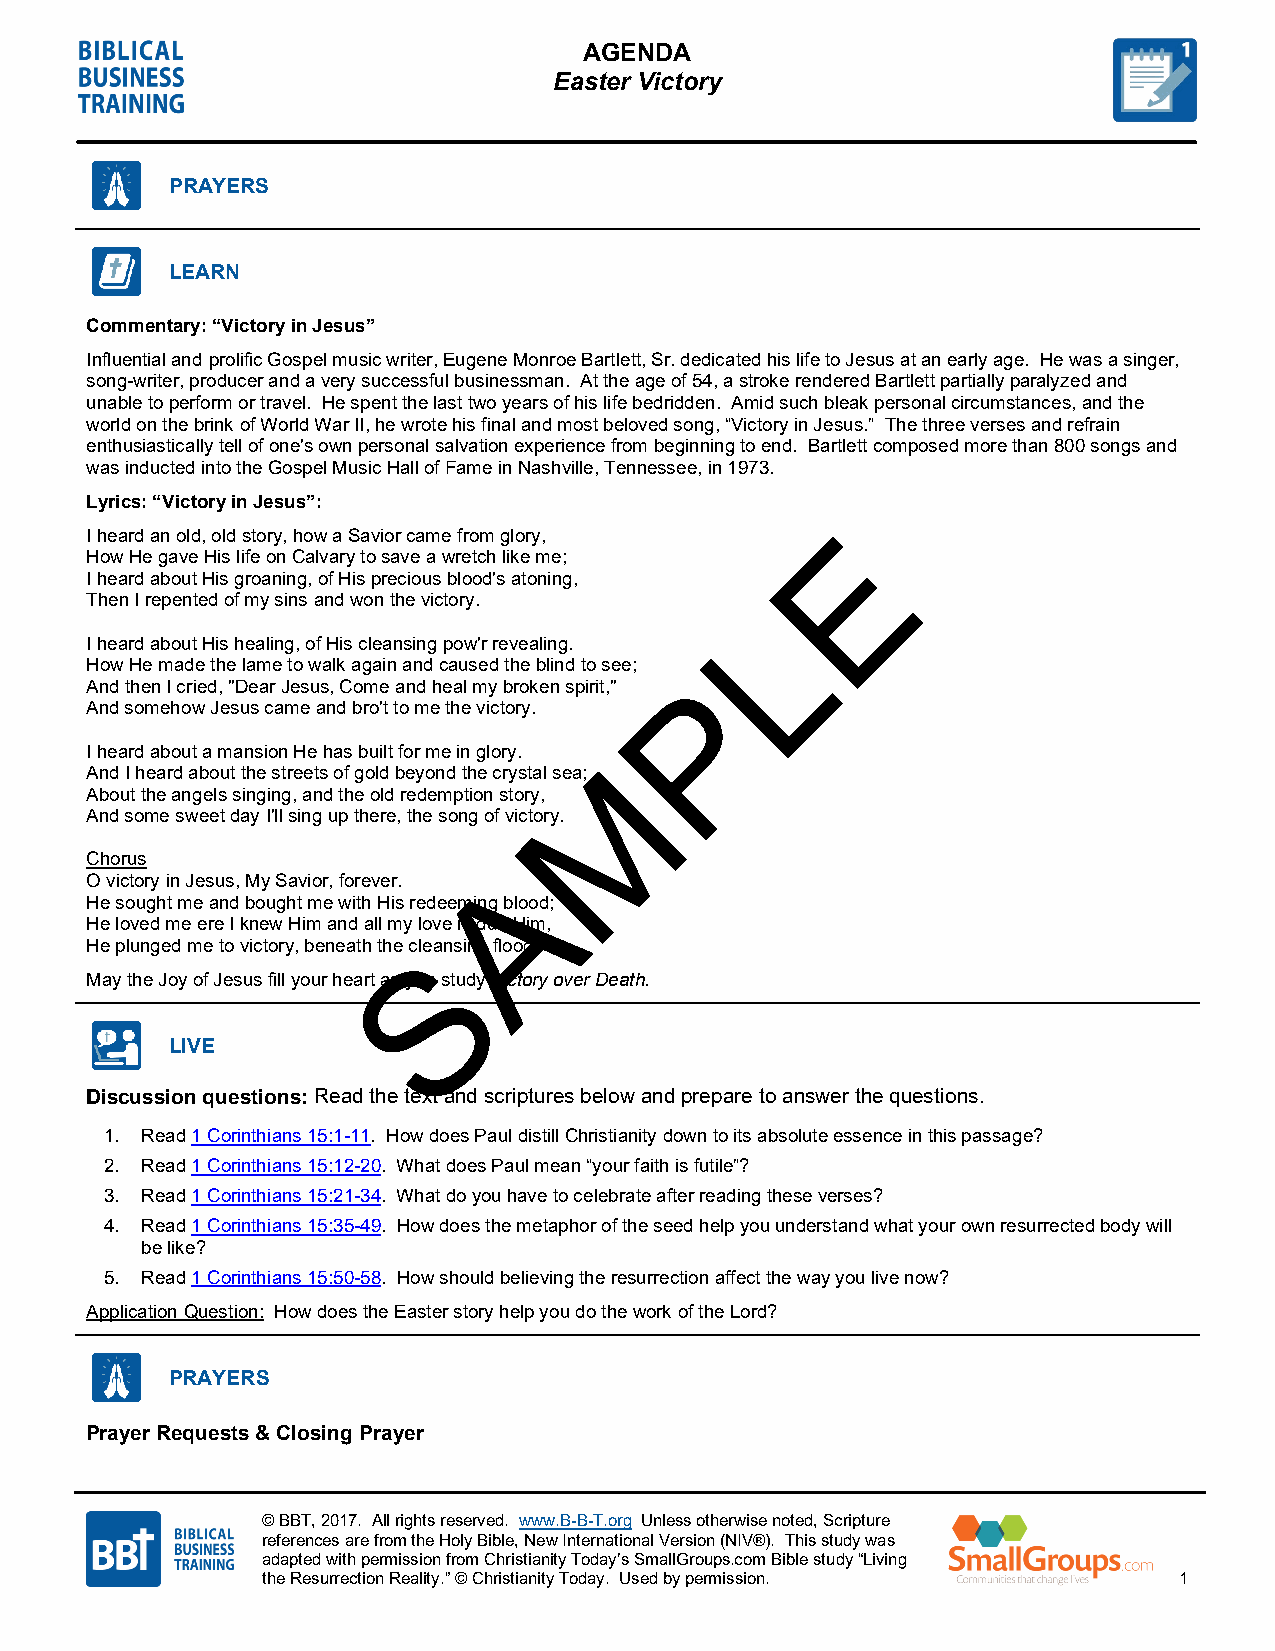
AGENDA
 Easter Victory
 PRAYERS
 LEARN
 Commentary: “Victory in Jesus”
 Influential and prolific Gospel music writer, Eugene Monroe Bartlett, Sr. dedicated his life to Jesus at an early age. He was a singer,
 song-writer, producer and a very successful businessman. At the age of 54, a stroke rendered Bartlett partially paralyzed and
 unable to perform or travel. He spent the last two years of his life bedridden. Amid such bleak personal circumstances, and the
 world on the brink of World War II, he wrote his final and most beloved song, “Victory in Jesus.” The three verses and refrain
 enthusiastically tell of one's own personal salvation experience from beginning to end. Bartlett composed more than 800 songs and
 was inducted into the Gospel Music Hall of Fame in Nashville, Tennessee, in 1973.
 Lyrics: “Victory in Jesus”:
 E
 I heard an old, old story, how a Savior came from glory,
 How He gave His life on Calvary to save a wretch like me;
 I heard about His groaning, of His precious blood's atoning,
 Then I repented of my sins and won the victory.
 L
 I heard about His healing, of His cleansing pow'r revealing.
 How He made the lame to walk again and caused the blind to see;
 P
 And then I cried, "Dear Jesus, Come and heal my broken spirit,"
 And somehow Jesus came and bro't to me the victory.
 I heard about a mansion He has built for me in glory.
 M
 And I heard about the streets of gold beyond the crystal sea;
 About the angels singing, and the old redemption story,
 And some sweet day I'll sing up there, the song of victory.
 Chorus                     A
 O victory in Jesus, My Savior, forever.
 He sought me and bought me with His redeeming blood;
 He loved me ere I knew Him and all my love is due Him,
 He plunged me to victory, beneath the cSleansing flood.
 May the Joy of Jesus fill your heart as you study Victory over Death.
 LIVE
 Discussion questions: Read the text and scriptures below and prepare to answer the questions.
 1. Read 1 Corinthians 15:1-11. How does Paul distill Christianity down to its absolute essence in this passage?
 2. Read 1 Corinthians 15:12-20. What does Paul mean “your faith is futile”?
 3. Read 1 Corinthians 15:21-34. What do you have to celebrate after reading these verses?
 4. Read 1 Corinthians 15:35-49. How does the metaphor of the seed help you understand what your own resurrected body will
 be like?
 5. Read 1 Corinthians 15:50-58. How should believing the resurrection affect the way you live now?
 Application Question: How does the Easter story help you do the work of the Lord?
 PRAYERS
 Prayer Requests & Closing Prayer
 © BBT, 2017. All rights reserved. www.B-B-T.org Unless otherwise noted, Scripture
 references are from the Holy Bible, New International Version (NIV®). This study was
 adapted with permission from Christianity Today’s SmallGroups.com Bible study “Living
 the Resurrection Reality.” © Christianity Today. Used by permission. 1